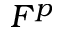
F ^ { p }